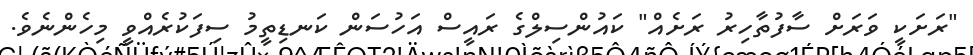
"ރަށަކީ ވަރަށް ސާފުތާހިރު ރަށެއް" ކައުންސިލްގެ ރައީސް އަހުސަން ކަނޑިތީމު ސިފަކުރެއްވީ މިހެންނެވެ.